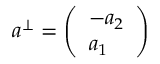
\begin{array} { r } { a ^ { \perp } = \left( \begin{array} { l } { - a _ { 2 } } \\ { a _ { 1 } } \end{array} \right) } \end{array}